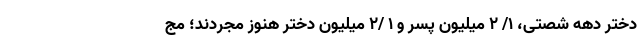
دختر دهه شصتی، ۱/ ۲ میلیون پسر و ۱ /۲ میلیون دختر هنوز مجردند؛ مج